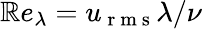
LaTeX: \mathbb{R}e_{\lambda}=u_{\mathrm{{~r~m~s~}}}\lambda/\nu